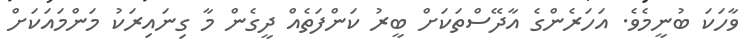
ވާހަކަ ބުނީމެވެ. އަހަރެންގެ އާދޭސްތަކަށް ބީރު ކަންފަތެއް ދީގެން މާ ގިނައިރަކު މަންމައަކަށް